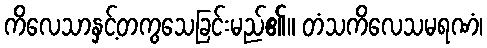
ကိလေသာနှင့်တကွသေခြင်းမည်၏။ တံသကိလေသမရဏံ၊